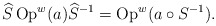
\begin{align*}\widehat{S}\operatorname*{Op}\nolimits^{w}(a)\widehat{S}^{-1}=\operatorname*{Op}\nolimits^{w}(a\circ S^{-1}). \end{align*}